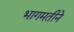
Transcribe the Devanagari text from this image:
भागमतीने